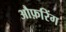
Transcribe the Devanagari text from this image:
औफ़रिंग